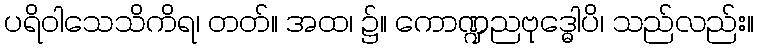
ပရိဝါသေသိကိရ၊ တတ်။ အထ၊ ၌။ ကောဏ္ဍညဗုဒ္ဓေါပိ၊ သည်လည်း။